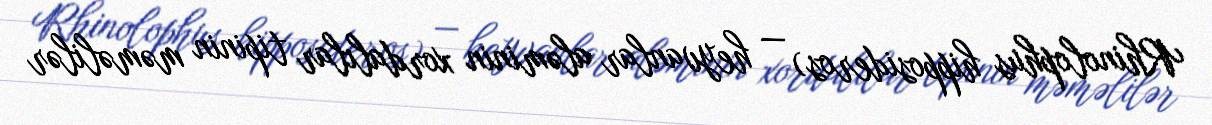
Rhinolophus hipposideros) — heyvanlar aləminin xordalılar tipinin məməlilər